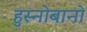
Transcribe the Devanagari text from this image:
हुस्नोबानो